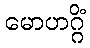
မောဟဂ္ဂိံ